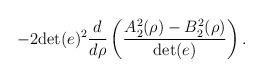
LaTeX: \begin{align*}-2 {\rm det}(e)^2 \frac{d}{d\rho} \left (\frac{ A^2_2(\rho)-B^2_2(\rho)}{{\rm det}(e)}\right ).\end{align*}